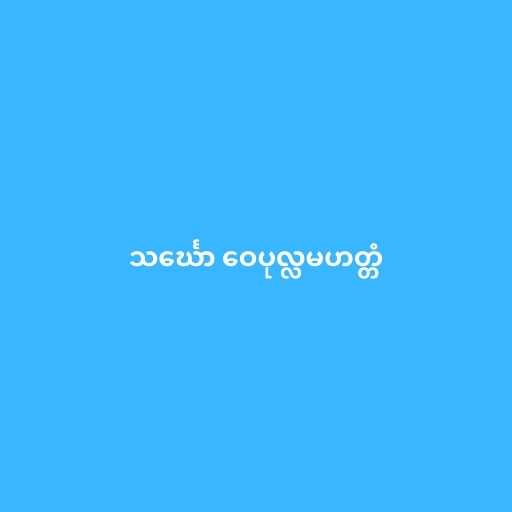
သင်္ဃော ဝေပုလ္လမဟတ္တံ